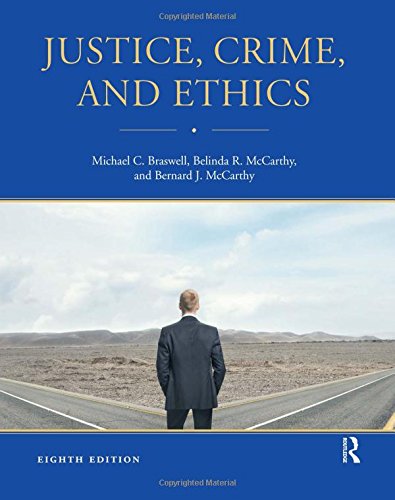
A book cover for Justice, Crime, and Ethics; Michael C. Braswell; Business & Money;